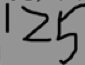
1 2 5